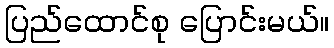
ပြည်ထောင်စု ပြောင်းမယ်။